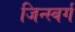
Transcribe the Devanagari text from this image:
जिन्स्बर्ग